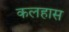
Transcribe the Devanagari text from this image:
कलहास